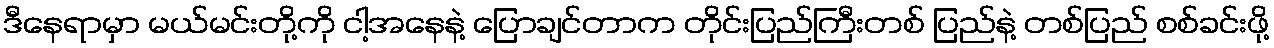
ဒီနေရာမှာ မယ်မင်းတို့ကို ငါ့အနေနဲ့ ပြောချင်တာက တိုင်းပြည်ကြီးတစ် ပြည်နဲ့ တစ်ပြည် စစ်ခင်းဖို့